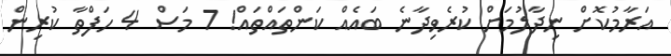
އަރާމުކޮށް ނިދާލުމަށް ކުރެވިދާނެ ބައެއް ކަންތައްތައް! 7 މަސް 4 ހަފްތާ ކުރިން